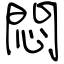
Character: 悶